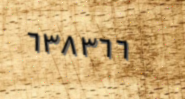
٦٣٨٣٦٦